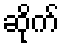
ဆိုက်